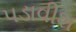
પડાવીશ